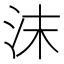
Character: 沫